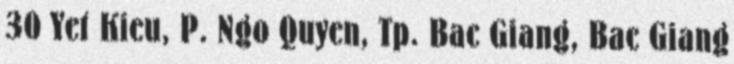
30 Yet Kieu, P. Ngo Quyen, Tp. Bac Giang, Bac Giang